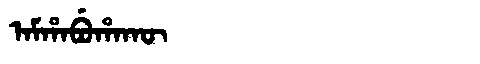
Manchu: ᠠᠮᡥᠠᠪᡠᡥᠠᡴᡡ
Romanization: AMHABUHAKŪ